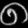
Digit: ၈